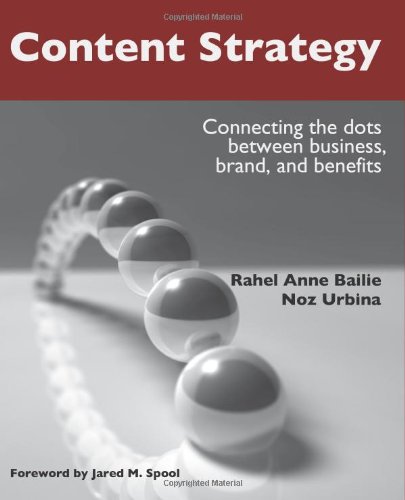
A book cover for Content Strategy: Connecting the Dots Between Business, Brand, and Benefits; Rahel Anne Bailie; Computers & Technology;